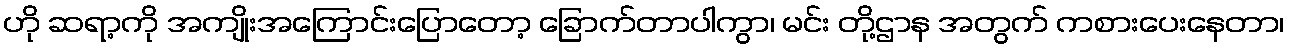
ဟို ဆရာ့ကို အကျိုးအကြောင်းပြောတော့ ခြောက်တာပါကွာ၊ မင်း တို့ဌာန အတွက် ကစားပေးနေတာ၊